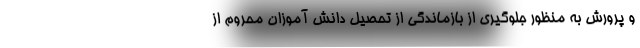
و پرورش به منظور جلوگیری از بازماندگی از تحصیل دانش آموزان محروم از